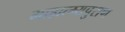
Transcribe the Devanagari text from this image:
माहात्म्यपुराण